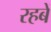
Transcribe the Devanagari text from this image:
रहबें